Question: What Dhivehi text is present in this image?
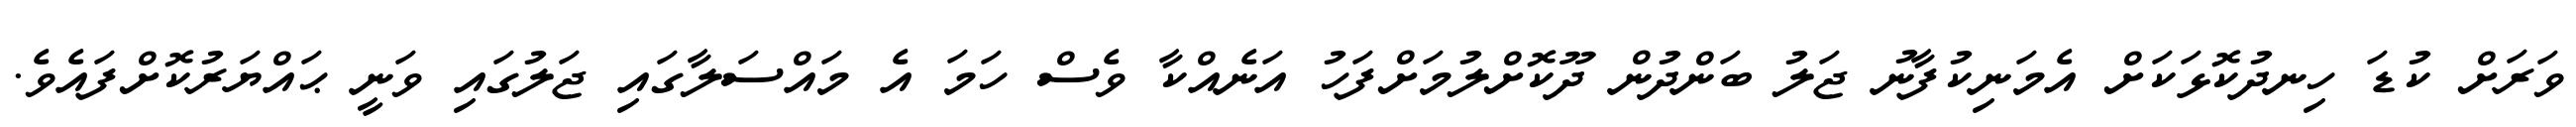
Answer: ވަރަށް ކުޑަ ހިނދުކޮޅަކަށް އެމަނިކުފާނު ޖަލު ބަންދުން ދޫކޮށްލުމަށްފަހު އަނެއްކާ ވެސް ހަމަ އެ މައްސަލާގައި ޖަލުގައި ވަނީ ޙައްޔަރުކޮށްފައެވެ.